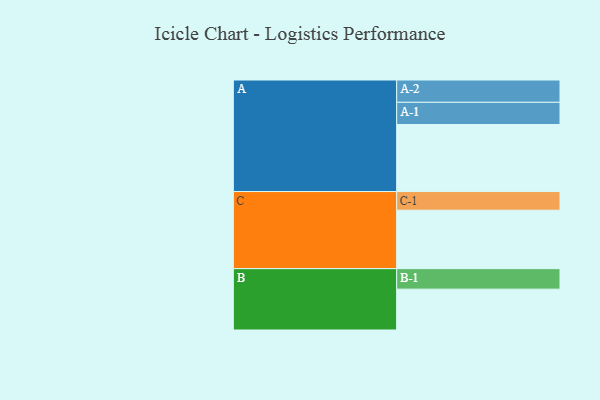
{"axis": {"x": "Segment", "y": "Value"}, "legend": ["", "A", "B", "C"], "data": [{"x": "A", "y": 553, "type": ""}, {"x": "B", "y": 337, "type": ""}, {"x": "C", "y": 482, "type": ""}, {"x": "A-1", "y": 183, "type": "A"}, {"x": "A-2", "y": 184, "type": "A"}, {"x": "B-1", "y": 169, "type": "B"}, {"x": "C-1", "y": 154, "type": "C"}]}